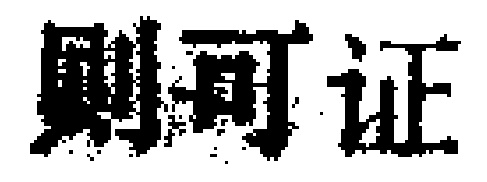
则可证